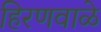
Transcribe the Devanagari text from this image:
हिरणवाळे